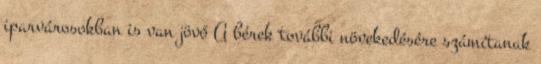
iparvárosokban is van jövő A bérek további növekedésére számítanak